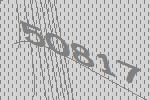
50817